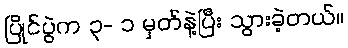
ပြိုင်ပွဲက ၃- ၁ မှတ်နဲ့ပြီး သွားခဲ့တယ်။